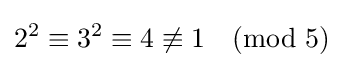
2^{2}\equiv 3^{2}\equiv 4\not \equiv 1{\pmod {5}}